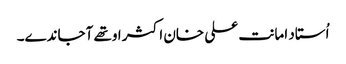
اُستاد امانت علی خان اکثر اوتھے آجاندے۔